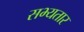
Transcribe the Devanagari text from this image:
सभ्यतार